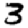
Digit: 3